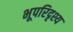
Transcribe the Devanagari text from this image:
भूपरिदृश्य